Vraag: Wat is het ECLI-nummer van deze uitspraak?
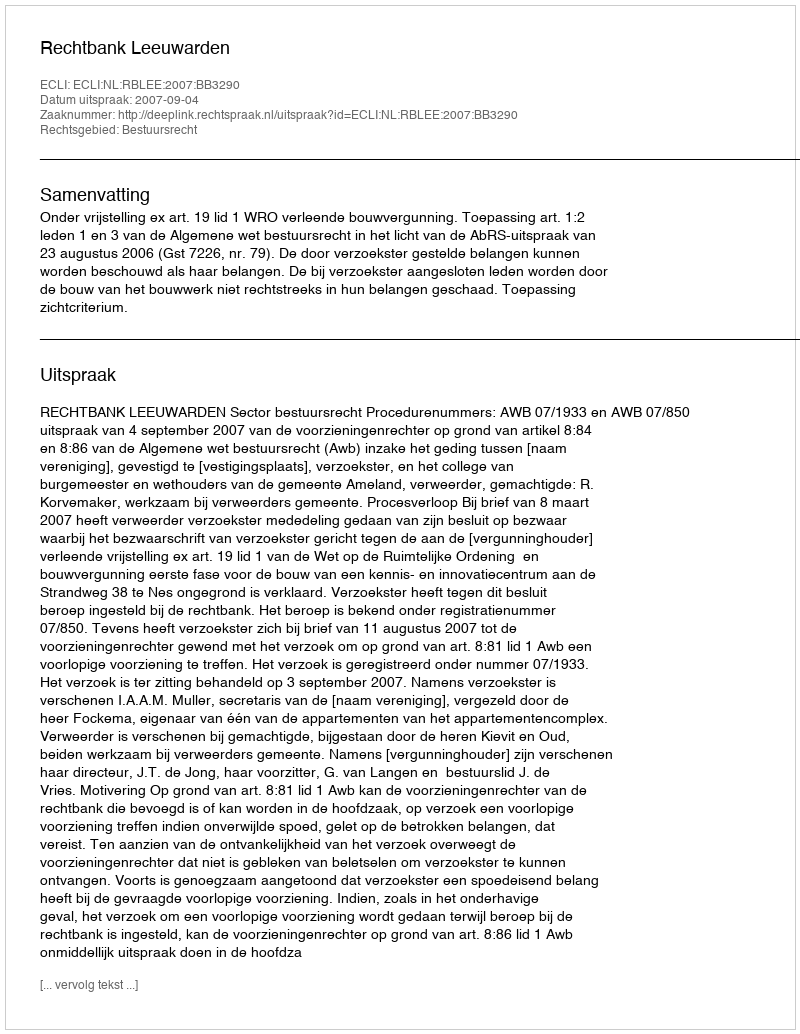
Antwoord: ECLI:NL:RBLEE:2007:BB3290